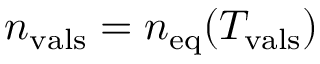
n _ { \mathrm { v a l s } } = n _ { \mathrm { e q } } ( T _ { \mathrm { v a l s } } )